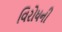
વિરોધની